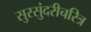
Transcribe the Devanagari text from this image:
सुरसुंदरीचरित्र